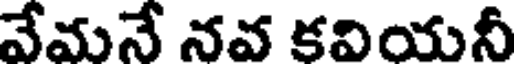
వేమనే నవ కవియనీ